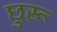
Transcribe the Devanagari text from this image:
छुरू